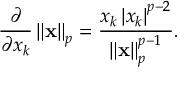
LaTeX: { \frac { \partial } { \partial x _ { k } } } \left\| \mathbf { x } \right\| _ { p } = { \frac { x _ { k } \left| x _ { k } \right| ^ { p - 2 } } { \left\| \mathbf { x } \right\| _ { p } ^ { p - 1 } } } .